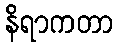
နိရာကတာ